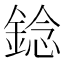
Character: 錜